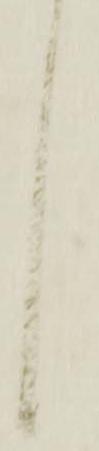
候